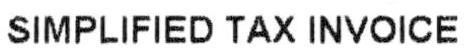
SIMPLIFIED TAX INVOICE